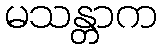
မသန္တာက